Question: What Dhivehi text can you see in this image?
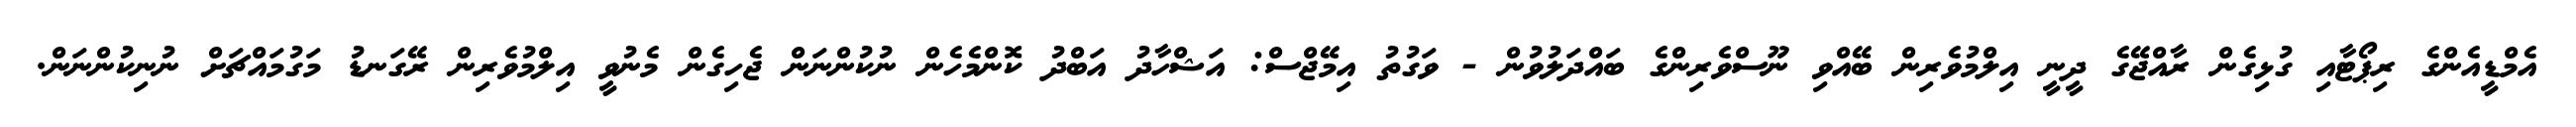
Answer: އެމްޑީއެންގެ ރިޕޯޓާއި ގުޅިގެން ރާއްޖޭގެ ދީނީ އިލްމުވެރިން ބޭއްވި ނޫސްވެރިންގެ ބައްދަލުވުން - ވަގުތު އިމޭޖްސް: އަޝްހާދު އަބްދު ކޮންމެހެން ނުކުންނަން ޖެހިގެން މެނުވީ އިލްމުވެރިން ރޭގަނޑު މަގުމައްޗަށް ނުނިކުންނަން.